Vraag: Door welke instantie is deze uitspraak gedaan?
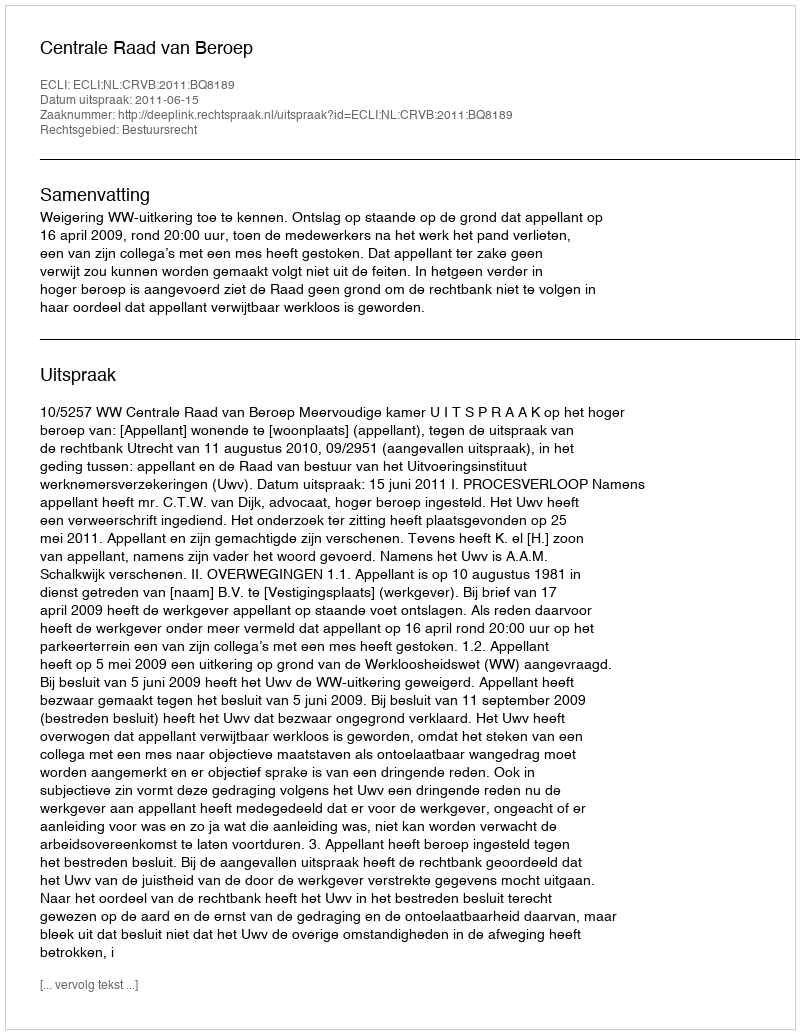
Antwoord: Centrale Raad van Beroep